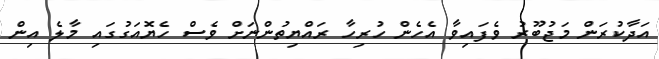
އަދާކުރަން މަޖުބޫރު ވެފައިވާ އެހެން ހުރިހާ ރައްޔިތުންނަށް ވެސް ހެޔޮއަގުގައި މާލެ އިން